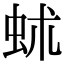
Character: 𧉱